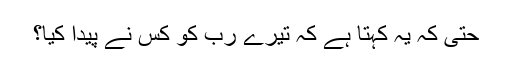
حتی کہ یہ کہتا ہے کہ تیرے رب كو کس نے پیدا کیا؟